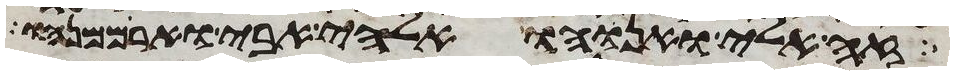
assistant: זה אלי ואנוהו אלהי אבי וארממנהו